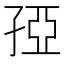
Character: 孲